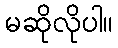
မဆိုလိုပါ။